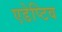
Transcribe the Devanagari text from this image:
एडेप्टिव